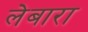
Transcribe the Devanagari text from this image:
लेबारा